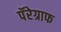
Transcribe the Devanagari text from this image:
पॅरेग्राफ